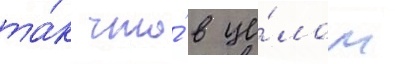
та́к что́ в це́лом